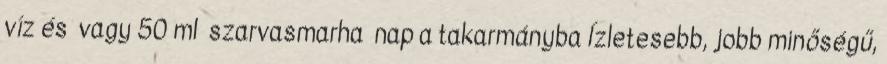
víz és vagy 50 ml szarvasmarha nap a takarmányba Ízletesebb, jobb minőségű,